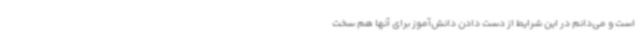
است و می‌دانم در این شرایط از دست دادن دانش‌آموز برای آنها هم سخت